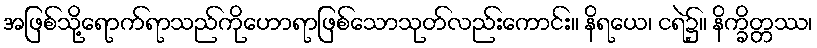
အဖြစ်သို့ရောက်ရာသည်ကိုဟောရာဖြစ်သောသုတ်လည်းကောင်း။ နိရယေ၊ ငရဲ၌။ နိက္ခိတ္တဿ၊